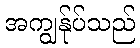
အကျွန်ုပ်သည်